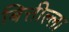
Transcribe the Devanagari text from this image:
बित्तील्ला